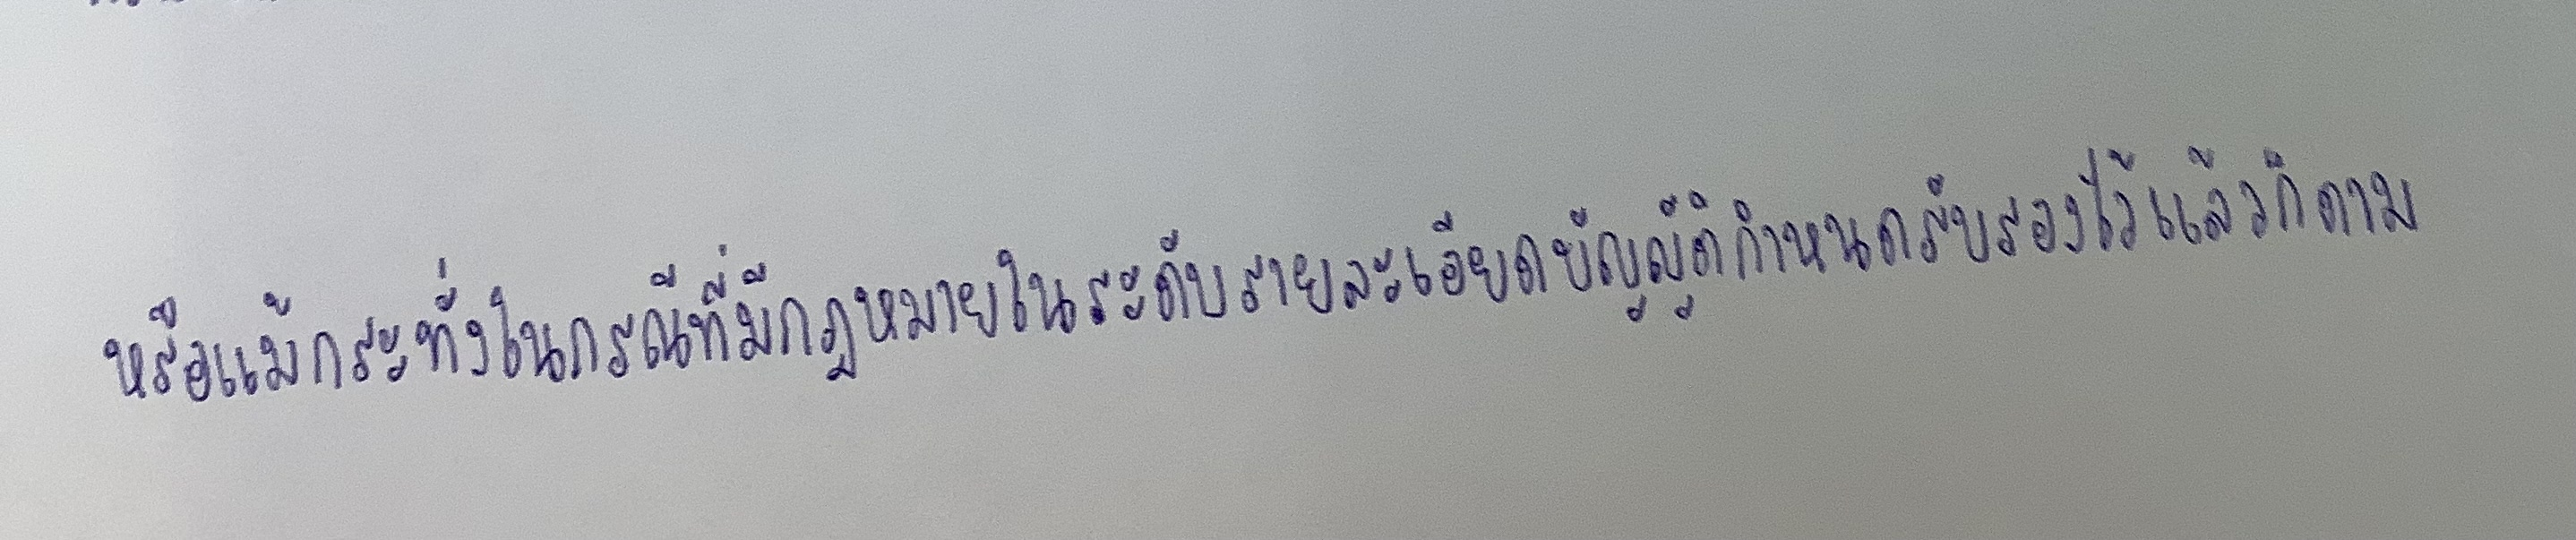
หรือแม้กระทั่งในกรณีที่มีกฎหมายในระดับรายละเอียดบัญญัติกำหนดรับรองไว้แล้วก็ตาม